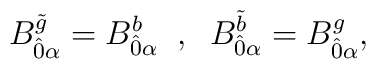
B^{\tilde{g}}_{\hat{0} \alpha} = B^{b}_{\hat{0} \alpha} \; \; , \; \; B^{\tilde{b}}_{\hat{0}\alpha} = B ^{g}_{\hat{0} \alpha},